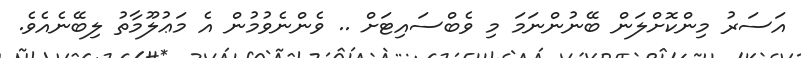
އަސަރު މިންކޮށްލަން ބޭނުންނަމަ މި ވެބްސައިޓަށް .. ވެންނެވުމުން އެ މަޢުލޫމާތު ލިބޭނެއެވެ.